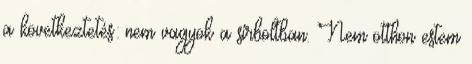
a következtetés: nem vagyok a sírboltban. Nem otthon estem